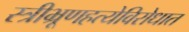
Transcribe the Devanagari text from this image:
स्त्रीभ्रूणहत्येविरोधात